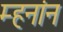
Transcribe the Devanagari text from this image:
म्हनांन